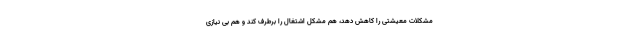
مشکلات معیشتی را کاهش دهد، هم مشکل اشتغال را برطرف کند و هم بی نیازی